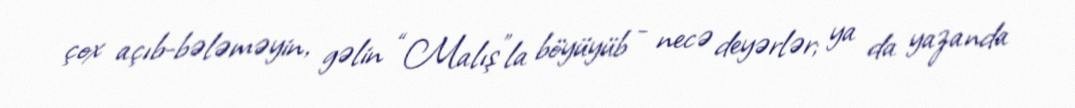
çox açıb-bələməyin, gəlin “Malış”la böyüyüb - necə deyərlər; ya da yazanda